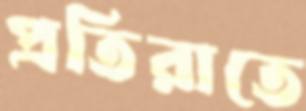
প্রতিরাতে